system: You are a helpful assistant.
user:
Analyze the provided spectrum to determine if it is a **"Cataclysmic Variables (CV)"**.

- **Key Indicators for CV (Check for either state):**
    - **State 1: Quiescent / Low-State (Emission-Dominated)**
        - **(Primary):** Strong and *very broad* Hydrogen Balmer emission lines (e.g., $H\alpha$ at 6563 Å, $H\beta$ at 4861 Å). The 'broadness' (high velocity dispersion, often FWHM > 1000 km/s) is the key diagnostic, indicating a high-velocity accretion disk.
        - **(Secondary):** Broad neutral Helium (He I) emission lines (e.g., 5876 Å, 6678 Å).
        - **(Key Confirmation):** Presence of high-excitation *ionized* Helium (He II) emission at 4686 Å. This is a strong indicator of accretion onto a white dwarf.
        - **(Line Profile):** Emission lines may exhibit a 'double-peaked' profile, which is a classic signature of a rotating accretion disk viewed at high inclination.

    - **State 2: Outburst / High-State (Absorption-Dominated)**
        - **(Primary):** Spectrum is dominated by a bright, blue continuum (looks like a hot star).
        - **(Secondary):** The emission lines from State 1 are weak, absent, or 'filled in', and are replaced by broad, shallow *absorption* lines (primarily Balmer and He I).
        - **(Morphology):** The overall spectrum mimics a hot B/A-type star. The crucial difference is that the absorption lines are significantly broader, shallower, and more 'washed-out' (or 'smeared') than the sharp lines of a normal stellar photosphere, due to high rotational speeds and pressure broadening in the disk.

Think first, call **spectral_visualization_tool** if needed to examine features in detail, then provide your final answer. Your response must adhere to the following strict rules:
1.  **Overall Structure:** Your response must follow the format `<think>...</think> <tool_call>...</tool_call> (if a tool is used) <answer>...</answer>`.
2.  **Tool Usage Constraint:** You may only make **one** tool call per turn.
3.  **Final Answer Format:** In the `<answer>` tag, your conclusion must be inside a `\boxed{}` command (e.g., `\boxed{YES}`), followed by your justification.

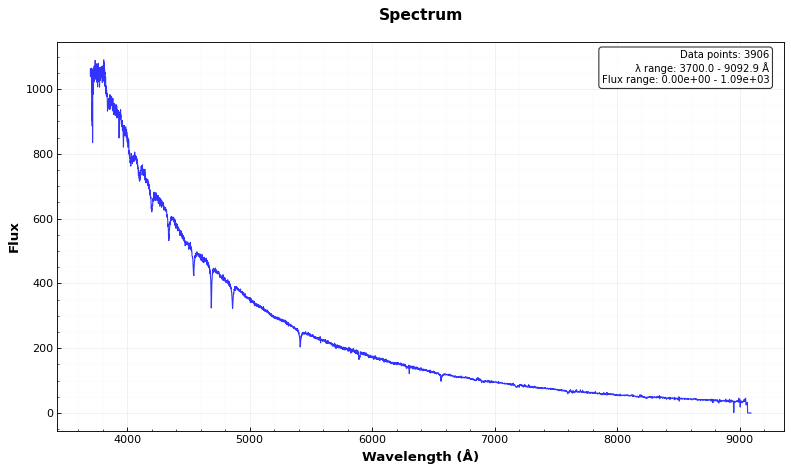
Answer: NO